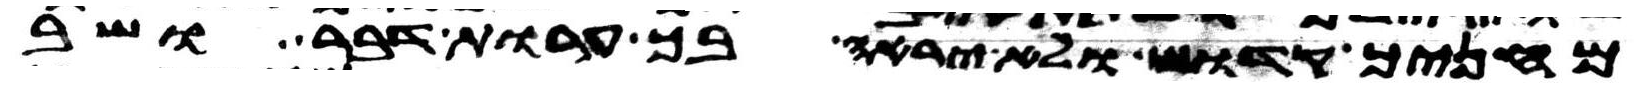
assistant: מחניך קדוש ולא יראה בך ערות דבר ושב